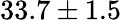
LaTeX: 33.7\pm 1.5